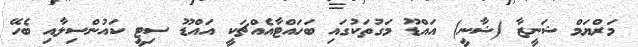
މަރްޔަމް ޝަނީޒާ (ޝާނީ) އައްޑޫ މަގުތަކުގައި ބަހައްޓާއެއްޗަކީ އައްޑޫ ސިޓީ ކައުންސިލާއި ބެހޭ